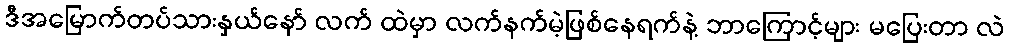
ဒီအမြောက်တပ်သားနှယ်နော် လက် ထဲမှာ လက်နက်မဲ့ဖြစ်နေရက်နဲ့ ဘာကြောင့်များ မပြေးတာ လဲ